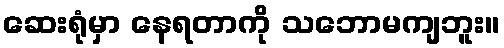
ဆေးရုံမှာ နေရတာကို သဘောမကျဘူး။